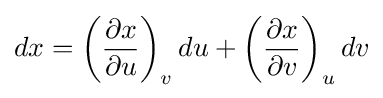
dx=\left({\frac {\partial x}{\partial u}}\right)_{v}du+\left({\frac {\partial x}{\partial v}}\right)_{u}dv